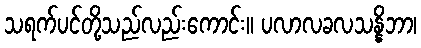
သရက်ပင်တို့သည်လည်းကောင်း။ ပလာလခလသန္နိဘာ၊